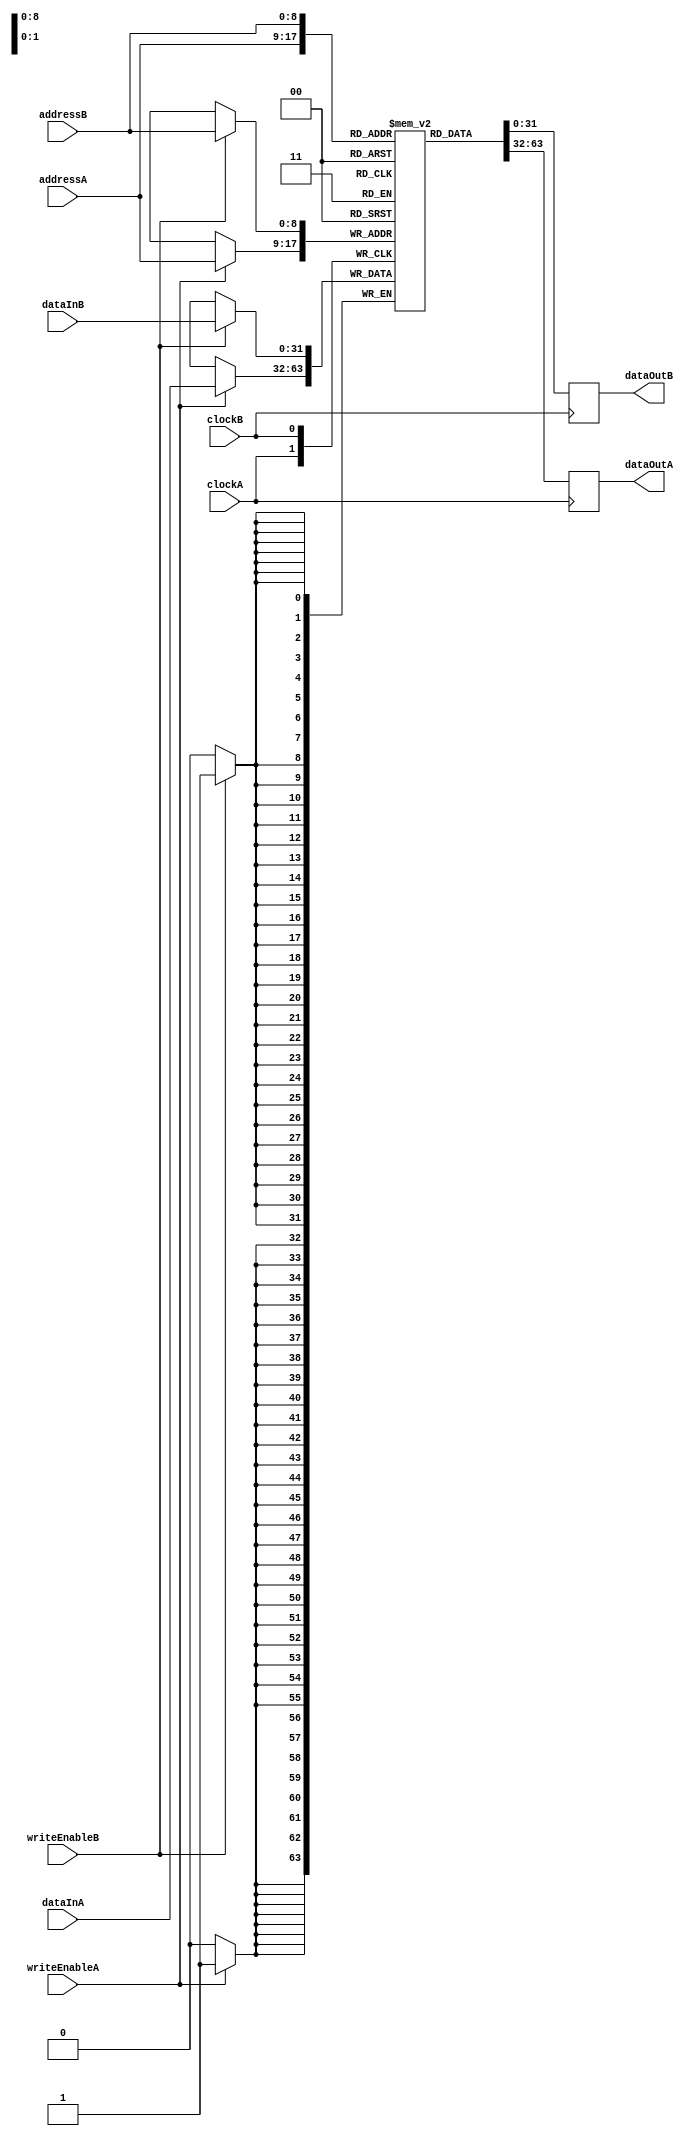
module sram512X32Dp ( input wire        clockA,
                                        writeEnableA,
                      input wire [8:0]  addressA,
                      input wire [31:0] dataInA,
                      output reg [31:0] dataOutA,
                      input wire        clockB,
                                        writeEnableB,
                      input wire [8:0]  addressB,
                      input wire [31:0] dataInB,
                      output reg [31:0] dataOutB);

  reg [31:0] memory [511:0];
  
  always @ (posedge clockA)
    begin
      if (writeEnableA == 1'b1) memory[addressA] <= dataInA;
      dataOutA <= memory[addressA];
    end

  always @ (posedge clockB)
    begin
      if (writeEnableB == 1'b1) memory[addressB] <= dataInB;
      dataOutB <= memory[addressB];
    end
endmodule